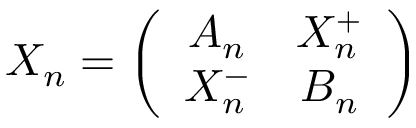
X _ { n } = \left( \begin{array} { c c } { { A _ { n } } } & { { X _ { n } ^ { + } } } \\ { { X _ { n } ^ { - } } } & { { B _ { n } } } \end{array} \right)